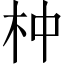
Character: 𣐄